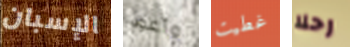
الإسبان وأعود غطيت رحلا